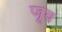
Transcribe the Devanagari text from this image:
जूब